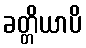
ခတ္တိယာပိ